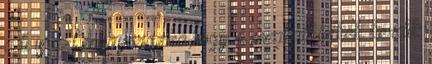
a ti is azt magyarazza,hogy a meghalt lelkek kérdik